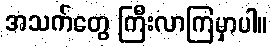
အသက်တွေ ကြီးလာကြမှာပါ။